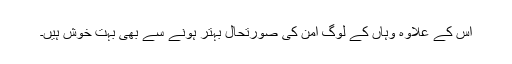
اس کے علاوہ وہاں کے لوگ امن کی صورتحال بہتر ہونے سے بھی بہت خوش ہیں۔